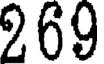
269